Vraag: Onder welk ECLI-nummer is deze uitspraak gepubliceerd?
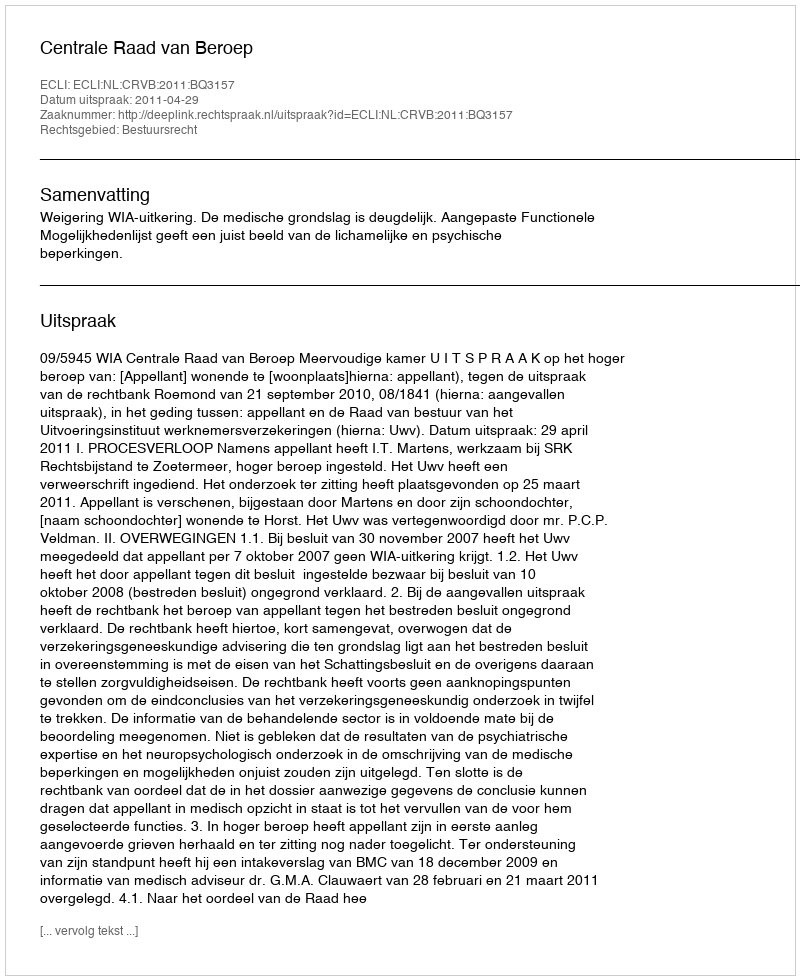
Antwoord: ECLI:NL:CRVB:2011:BQ3157